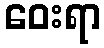
ဝေးရာ